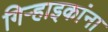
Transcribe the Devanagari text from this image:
गिऱ्हाइकांना